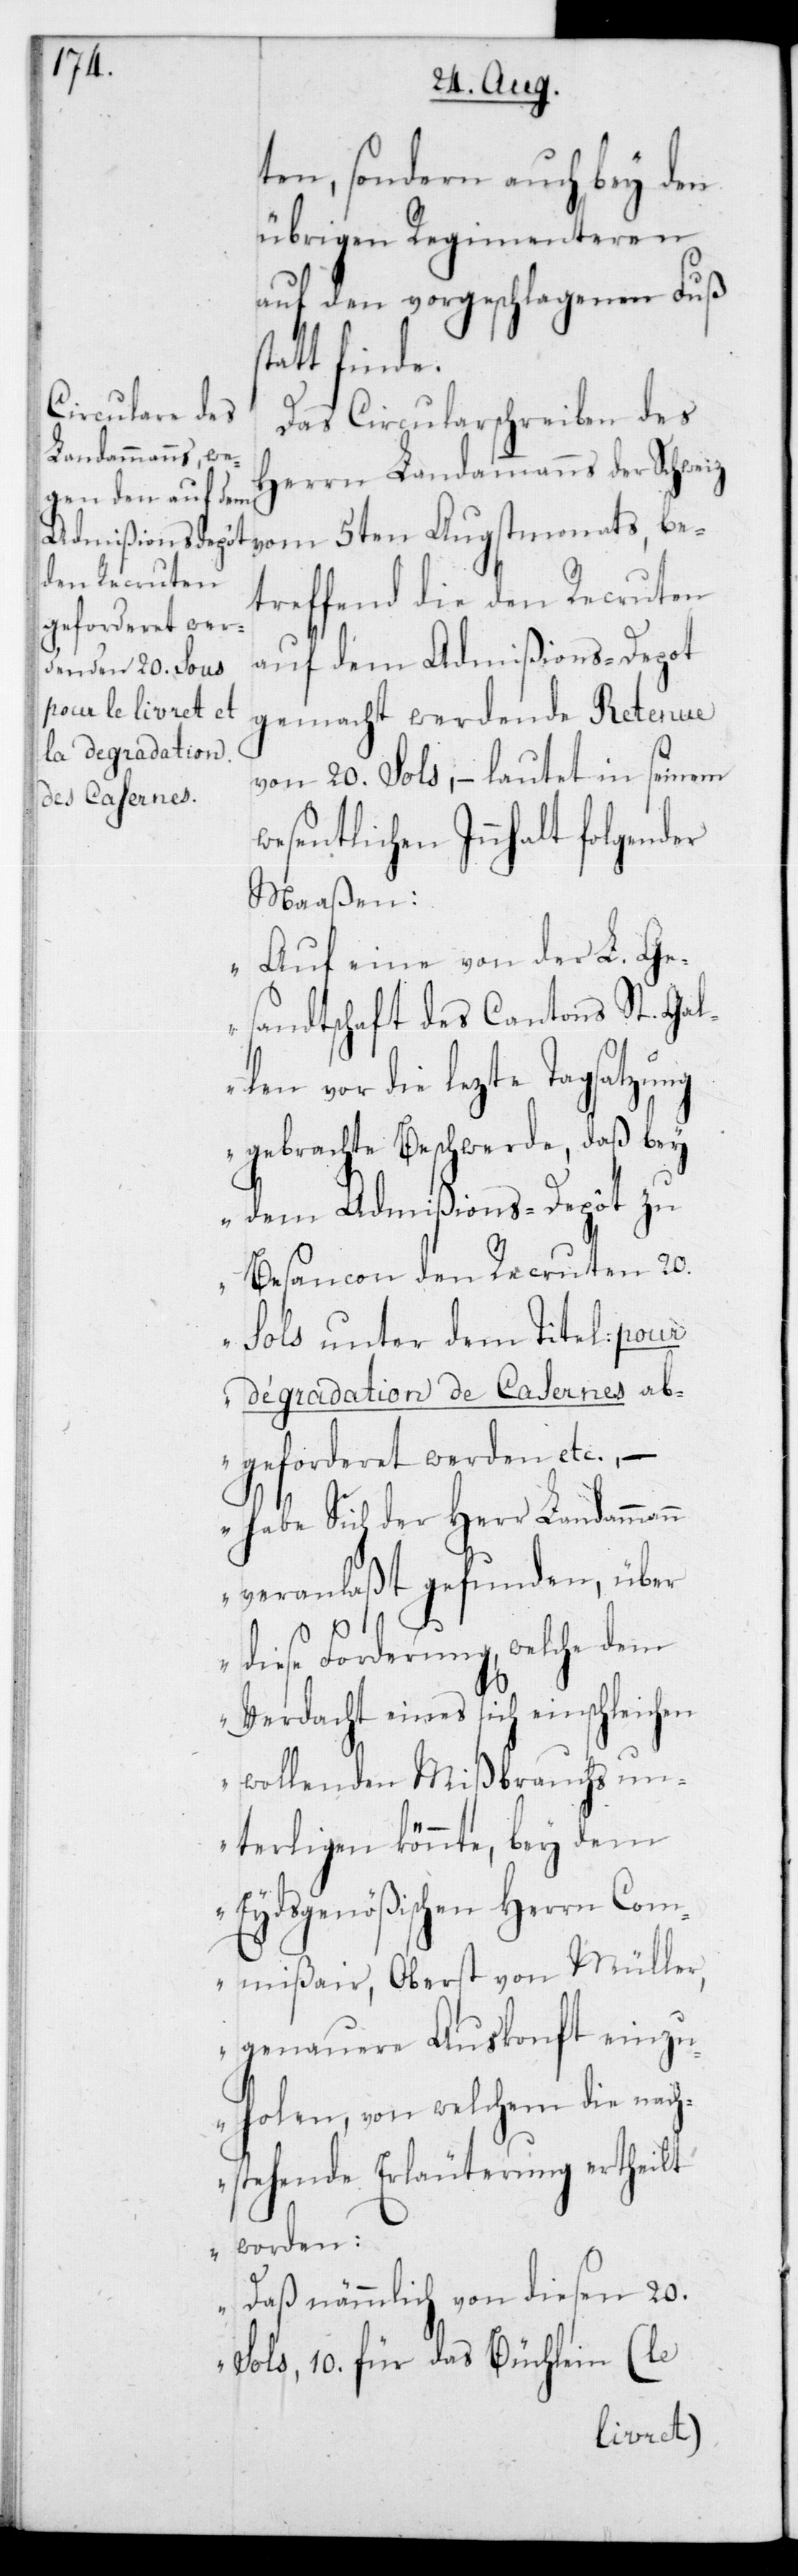
ten, sondern auch bey den
übrigen Regimenteren
auf den vorgeschlagenen Fuß
Das Circularschreiben des
Herrn Landammanns der Schweiz
treffend die den Recruten
auf dem Admißions-Depot
Augstmonats, be¬
gemacht werdende Retenue
von 20 Sols, – lautet in seinem
wesentlichen Innhalt folgender
Maaßen:
„Auf eine von der L. Ge¬
sandtschaft des Cantons St. Gal¬
len vor die lezte Tagsatzung
gebrachte Beschwerde, daß bey
dem Admißions-Depôt zu
Besançon den Recruten 20
Sols unter dem Titel: pour
dégradation de Casernes ab¬
geforderet werden etc.,
– habe sich der Herr Landamman¬
n veranlaßt gefunden, über
diese Forderung, welche dem
Verdacht eines sich einschleichen
wollenden Mißbrauchs un¬
terliegen könnte, bey dem
Eydsgenößischen Herrn Com¬
missair Oberst von Müller,
genauere Auskonft einzu¬
holen, von welchem die nach¬
stehende Erläuterung ertheilt
worden:
daß nämmlich von diesen 20
Sols, 10 für das Büchlein (le